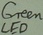
Text: Green LED